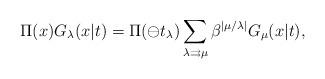
LaTeX: \begin{align*}\Pi (x)G_{\lambda }(x|t)=\Pi (\ominus t_{\lambda })\sum_{\lambda\rightrightarrows \mu }\beta ^{|\mu /\lambda |}G_{\mu }(x|t),\end{align*}